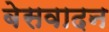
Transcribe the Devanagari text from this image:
बेसवादन